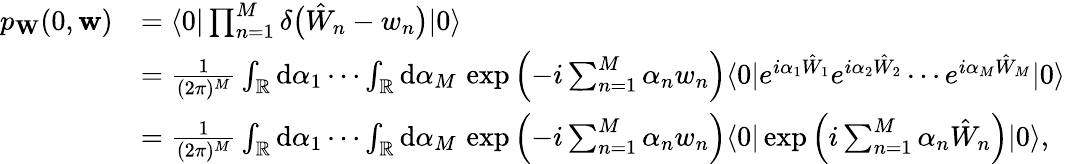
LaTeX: \begin{array}{rl}{p_{\mathbf{W}}(0,\mathbf{w})}&{=\langle 0|\prod_{n=1}^{M}\delta\bigl(\hat{W}_{n}-w_{n}\bigr)|0\rangle}\\ &{=\frac{1}{(2\pi)^{M}}\int_{\mathbb{R}}\mathrm{d}\alpha_{1}\cdots\int_{\mathbb{R}}\mathrm{d}\alpha_{M}\, \exp\left(-i\sum_{n=1}^{M}\alpha_{n}w_{n}\right)\langle 0|e^{i\alpha_{1}\hat{W}_{1}}e^{i\alpha_{2}\hat{W}_{2}}\cdots e^{i\alpha_{M}\hat{W}_{M}}|0\rangle}\\ &{=\frac{1}{(2\pi)^{M}}\int_{\mathbb{R}}\mathrm{d}\alpha_{1}\cdots\int_{\mathbb{R}}\mathrm{d}\alpha_{M}\, \exp\left(-i\sum_{n=1}^{M}\alpha_{n}w_{n}\right)\langle 0|\exp\left(i\sum_{n=1}^{M}\alpha_{n}\hat{W}_{n}\right)|0\rangle,}\end{array}